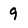
Character: 9